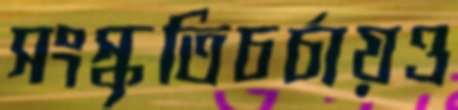
সংস্কৃতিচর্চায়ও